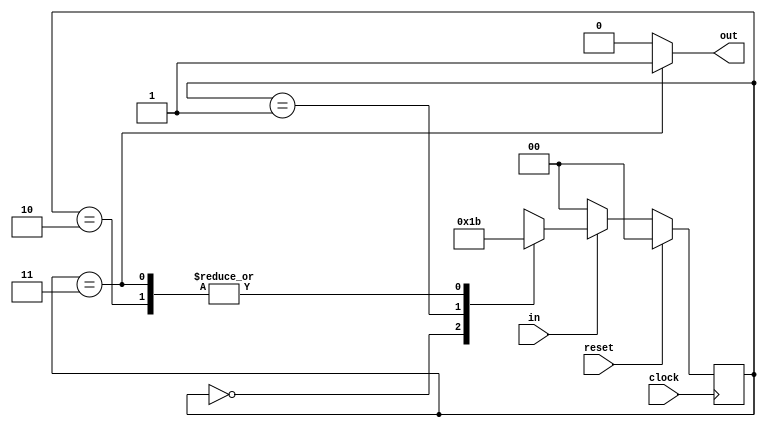
//FSM TO DETECT 3 CONSECUTIVE ONES
module FSM (in, out, clock, reset);

    input in, clock, reset;
    output reg out;

    //REGISTERS FOR STATE
    reg [1: 0] state;

    //PARAMETERS FOR STATE
    parameter S0 = 2'b00, S1 = 2'b01, S2 = 2'b10, S3 = 2'b11;

    //ALWAYS BLOCK FOR STATE CHANGE 
    always @ (posedge clock)
    begin
        if (reset) state <= S0;
        else begin
            if (in) begin
                case(state)
                    S0: state = S1;
                    S1: state = S2;
                    S2: state = S3;
                    S3: state = S3;
                endcase
            end
            else state = S0;
        end
    end

    //ALWAYS BLOCK FOR OUTPUT [ONLY DEPENDENT ON CURRENT STATE]
    always @ (state)
        case(state)
            S3: out = 1'b1;
            default: out = 1'b0;
        endcase
endmodule

//TESTBENCH FOR TESTING OUT = 1 ON 3 CONSECUTIVE ONES
module TESTBENCH;
    reg in, clock, reset;
    wire out;

    FSM fsm(in, out, clock, reset);

    initial begin
        reset = 1'b1;
        clock = 1'b0;

        #15 reset = 1'b0;
    end

    always #5 clock = ~clock;

    initial begin
        $monitor ($time, " IN = %b RESET = %b OUT = %b STATE = %b\n", in, reset, out, fsm.state);
        #12 in = 0; #10 in = 1; #10 in = 1; #10 in = 1; #10 in = 1; 
        #10 $finish;
    end
endmodule